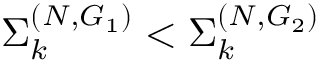
\Sigma _ { k } ^ { ( N , G _ { 1 } ) } < \Sigma _ { k } ^ { ( N , G _ { 2 } ) }